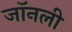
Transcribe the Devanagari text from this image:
जॉनली